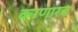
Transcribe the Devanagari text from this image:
करणारच